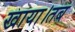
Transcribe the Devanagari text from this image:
खाया।तब